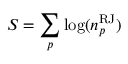
S = \sum _ { p } \log ( n _ { p } ^ { \mathrm { R J } } )